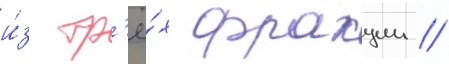
и́з тр'ё́х фракции //